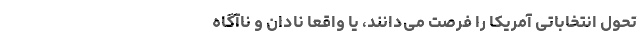
تحول انتخاباتی آمریکا را فرصت می‌دانند، یا واقعاً نادان و ناآگاه